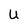
Character: U